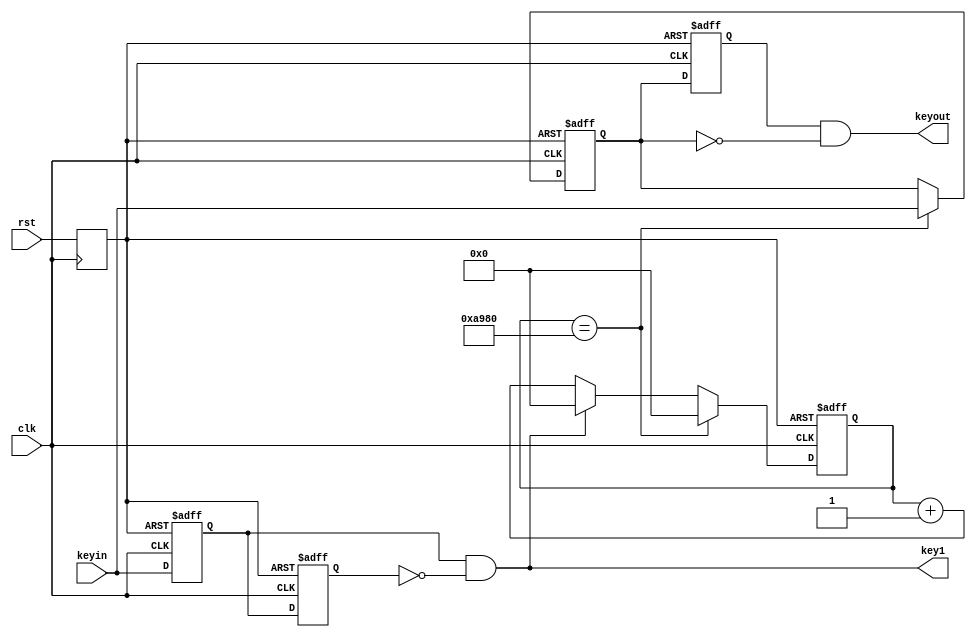
module betterkey(keyin,keyout,clk,rst,key1);
input keyin;
input clk;
input rst;
output keyout;
output key1;

reg keyins1;
reg keyins2;
reg keyins3;
reg keyins4;
reg reset;
reg[18:0]count;

wire key1;

parameter delay_10ms=16'd240_000;

always@(posedge clk)
begin 
	reset<=rst;
end

always@(posedge clk or negedge reset)
begin	
	if(!reset)
		begin 
		keyins1<=1;
		keyins2<=1;
		end
	else
		begin
		keyins1<=keyin;
		keyins2<=keyins1;
		end
end

assign key1 = keyins1 & (~keyins2);

always@(posedge clk or negedge reset)
begin
	if(!reset)
		begin
		count<=0;
		end
	else if(count==delay_10ms)
	begin
		count<=0;
	end
	else if(key1)
	begin
		count<=0;
	end
	else
		begin
		count<=count+1'd1;
		end
end

always@(posedge clk or negedge reset)
begin
	if(!reset)
		begin
		keyins3<=1;
		end
	else if(count==delay_10ms)
		begin
		keyins3=keyin;
		end
end

always @(posedge clk or negedge reset)
begin
	if(!reset)
	begin
		keyins4<=1;
	end
	else
	begin
		keyins4<=keyins3;
	end
end

assign keyout = keyins4 & (~keyins3);
endmodule